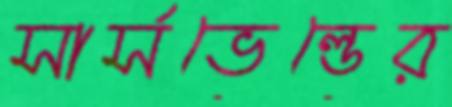
সার্সভেল্ডের